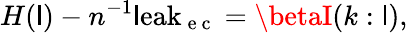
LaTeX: H(\mathsf{l})-n^{-1}\mathrm{{\mathsf{l}eak}}_{\mathrm{{~e~c~}}}=\betaI(k:\mathsf{l}),